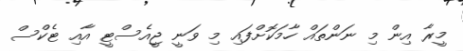
މީރާ އިން މި ނަންތައް ހާމަކޮށްފައި މި ވަނީ ޖީއެސްޓީ އާއި ޓެކްސް